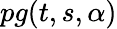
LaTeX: pg(t,s,\alpha)